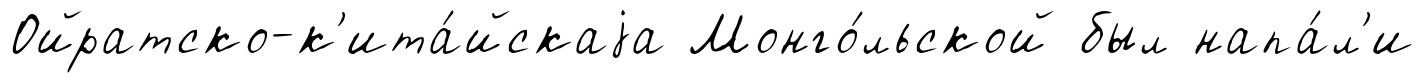
Ойратско-к'ита́йскаjа Монго́льской был напа́л'и